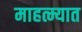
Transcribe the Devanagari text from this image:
माहत्म्यात